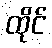
ထိုင်